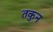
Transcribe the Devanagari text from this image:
तकुन